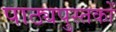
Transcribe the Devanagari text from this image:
पाठ्यपुस्‍तकों